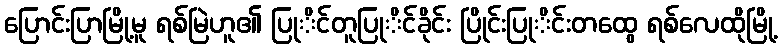
ပြောင်းပြာမြို့မူ ရစ်မြဲဟူ၏ ပြုိင်တူပြုိင်ခိုင်း ပြိုင်းပြုိင်းတထွေ ရစ်လေထိုမြို့